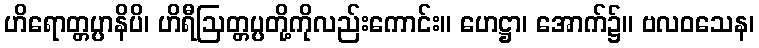
ဟိရောတ္တပ္ပာနိပိ၊ ဟိရီဩတ္တပ္ပတို့ကိုလည်းကောင်း။ ဟေဋ္ဌာ၊ အောက်၌။ ဗလဝသေန၊